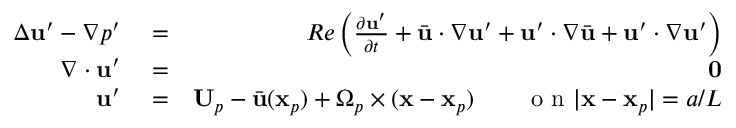
\begin{array} { r l r } { \Delta \mathbf { u } ^ { \prime } - \nabla p ^ { \prime } } & { { } = } & { R e \left( \frac { \partial \mathbf { u } ^ { \prime } } { \partial t } + \bar { \mathbf { u } } \cdot \nabla \mathbf { u } ^ { \prime } + \mathbf { u } ^ { \prime } \cdot \nabla \bar { \mathbf { u } } + \mathbf { u } ^ { \prime } \cdot \nabla \mathbf { u } ^ { \prime } \right) } \\ { \nabla \cdot \mathbf { u } ^ { \prime } } & { { } = } & { \mathbf { 0 } } \\ { \mathbf { u } ^ { \prime } } & { { } = } & { \mathbf { U } _ { p } - \bar { \mathbf { u } } ( \mathbf { x } _ { p } ) + \Omega _ { p } \times ( \mathbf { x } - \mathbf { x } _ { p } ) \qquad \mathrm { ~ o ~ n ~ } | \mathbf { x } - \mathbf { x } _ { p } | = a / L } \end{array}